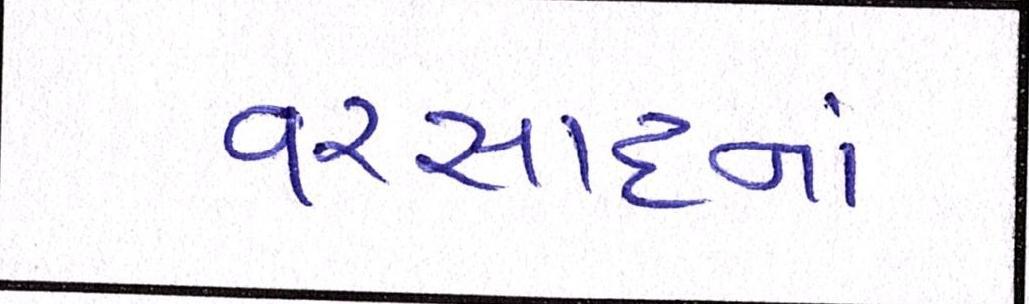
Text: વરસાદનાં